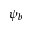
\psi _ { b }